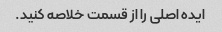
ایده اصلی را از قسمت خلاصه کنید.